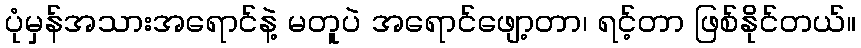
ပုံမှန်အသားအရောင်နဲ့ မတူပဲ အရောင်ဖျော့တာ၊ ရင့်တာ ဖြစ်နိုင်တယ်။